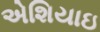
એશિયાઇ